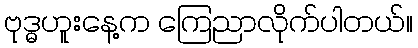
ဗုဒ္ဓဟူးနေ့က ကြေညာလိုက်ပါတယ်။